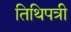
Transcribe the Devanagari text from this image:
तिथिपत्री